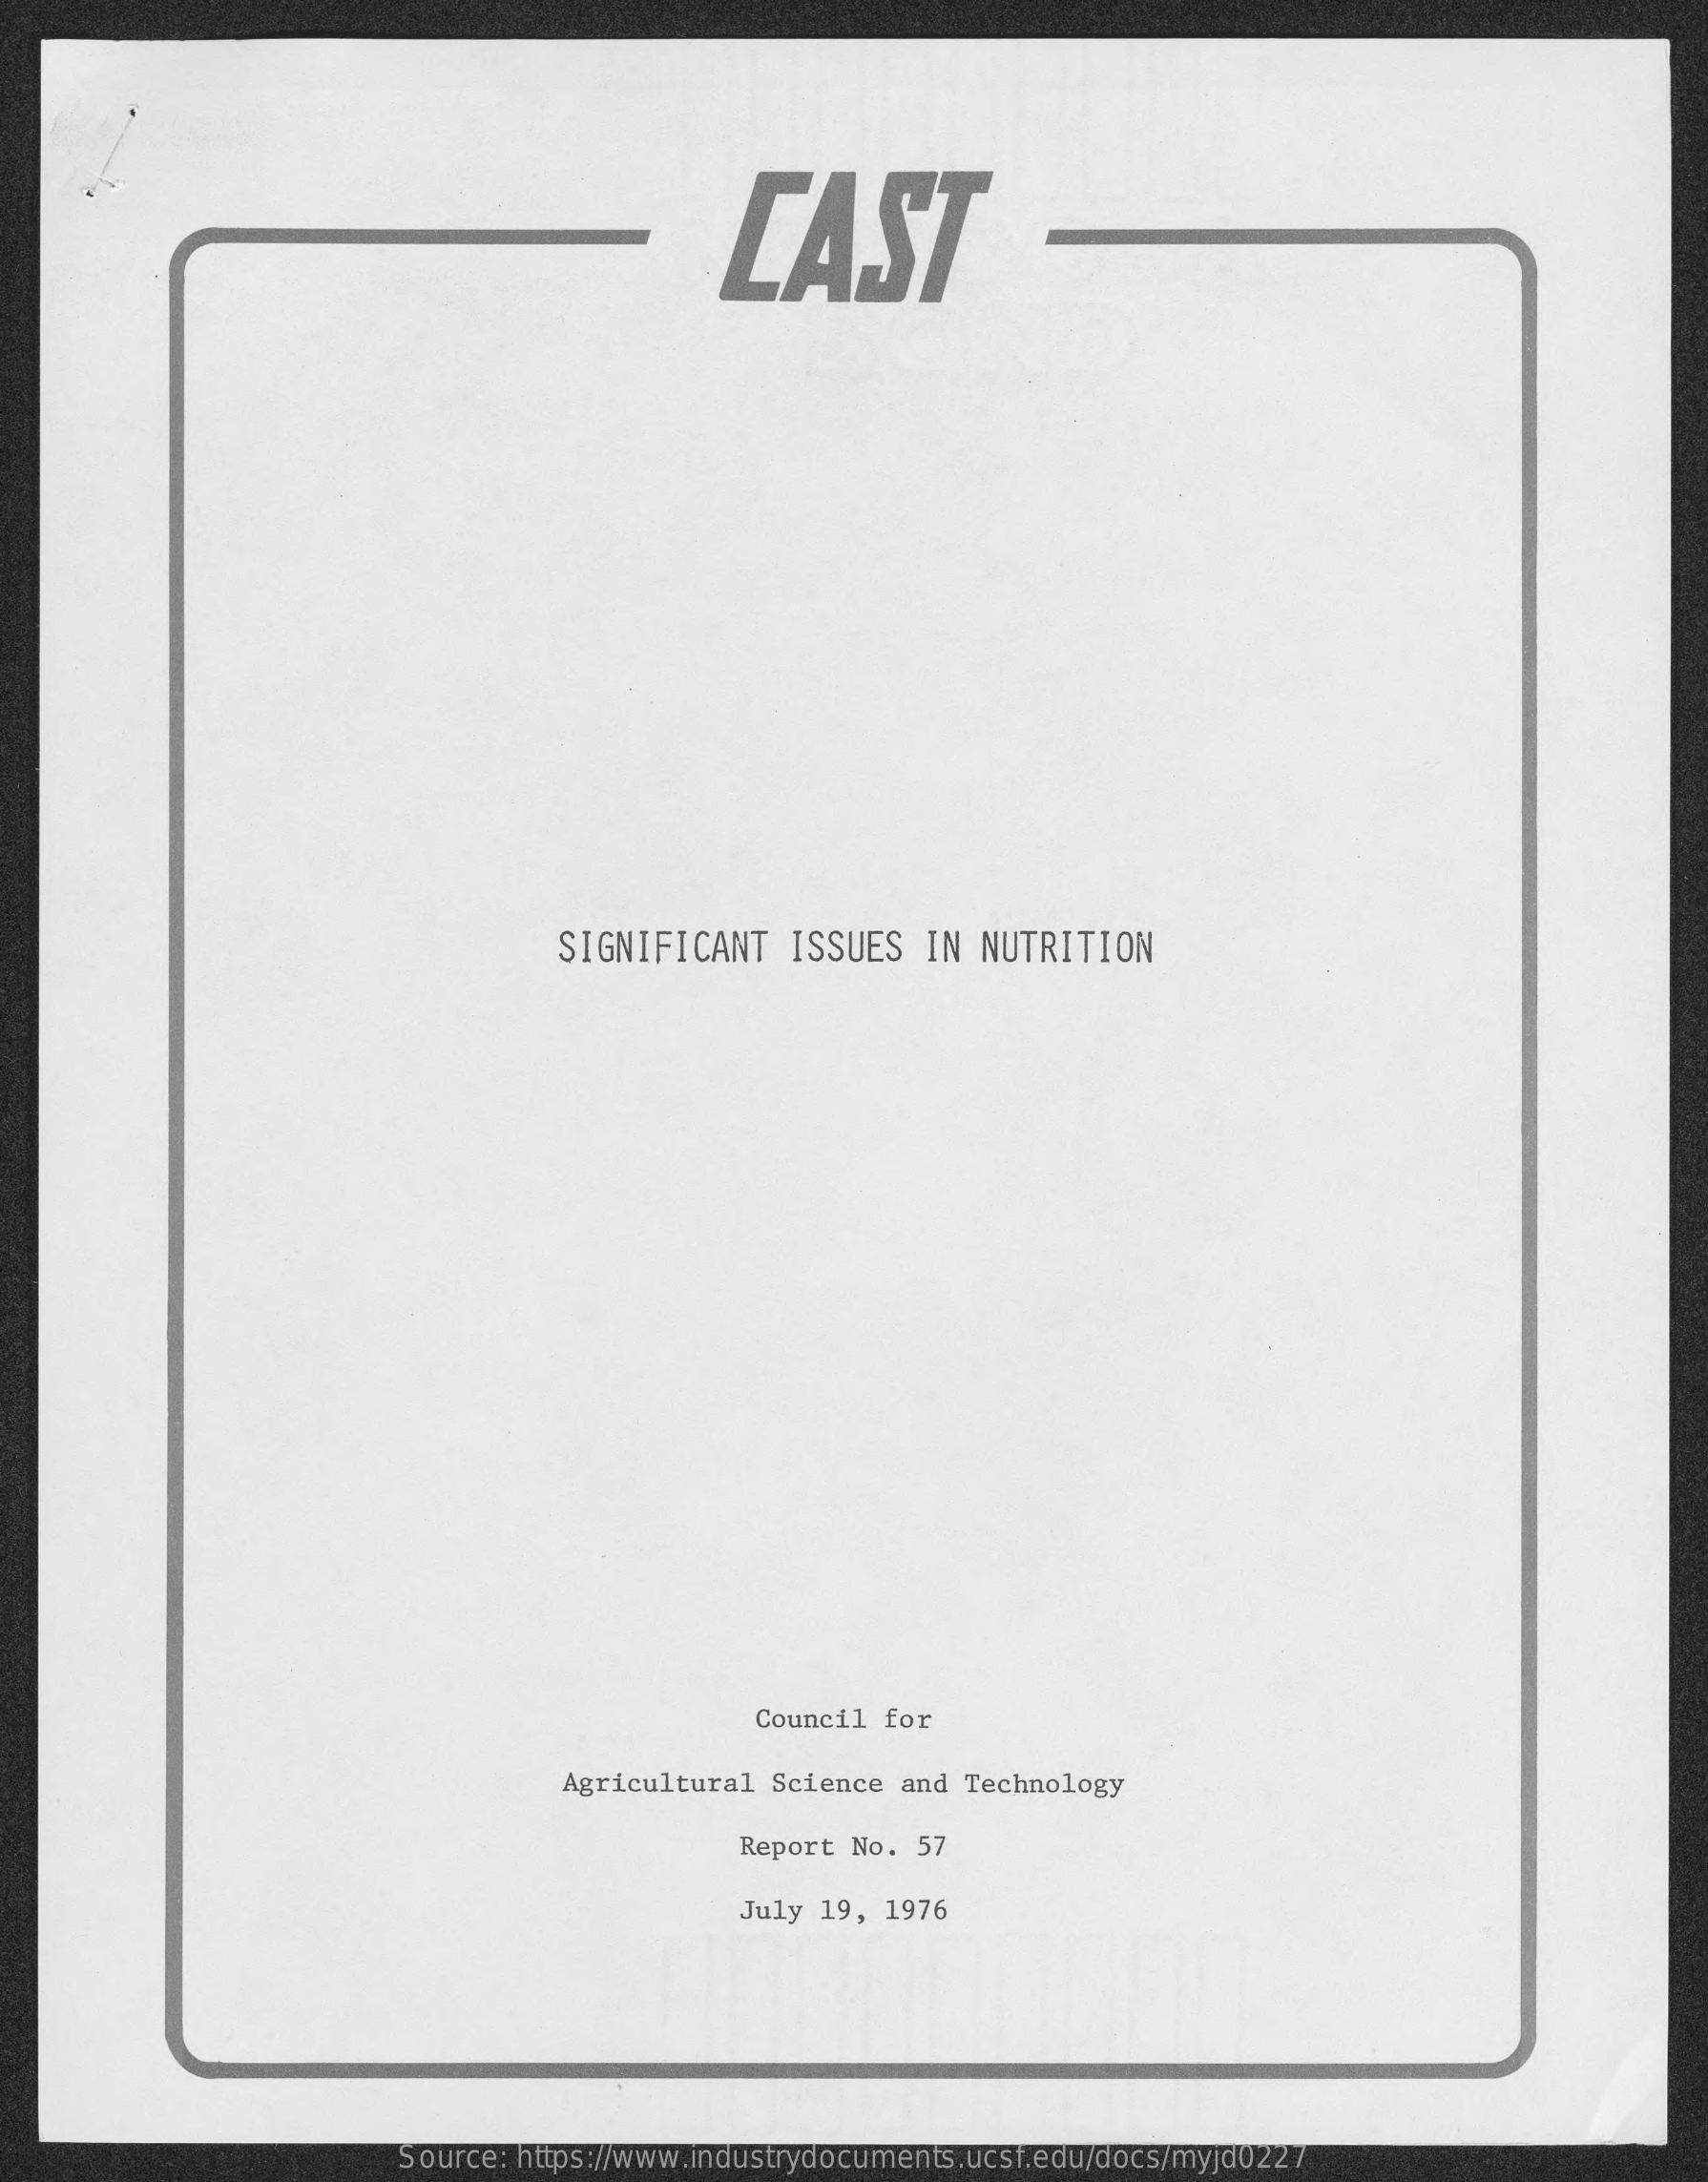
LAST
     SIGNIFICANT   ISSUES   IN  NUTRITION
     Council  for
     Agricultural Science  and Technology
     Report No.  57
     July 19, 1976
     Source: https://www.industrydocuments.ucsf.edu/docs/myjd0227